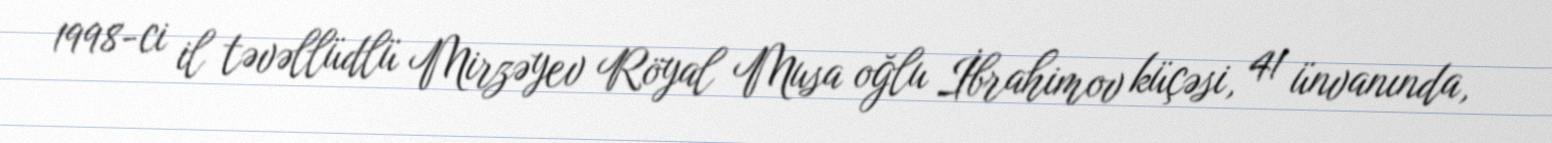
1998-ci il təvəllüdlü Mirzəyev Röyal Musa oğlu İbrahimov küçəsi, 41 ünvanında,